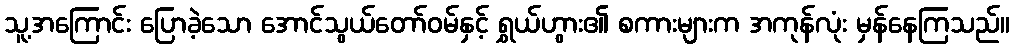
သူ့အကြောင်း ပြောခဲ့သော အောင်သွယ်တော်ဝမ်နှင့် ရွှယ်ဟွား၏ စကားများက အကုန်လုံး မှန်နေကြသည်။